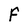
Character: F